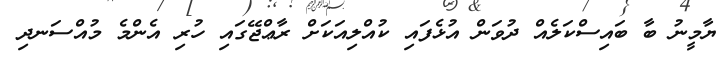
ޔާމީނު ބާ ބައިސްކަލެއް ދުވަން އުޅެފައި ކުއްލިއަކަށް ރާޢްޖޭގައި ހުރި އެންމެ މުއްސަނދި